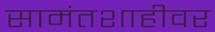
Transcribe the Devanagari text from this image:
सामंतशाहीवर